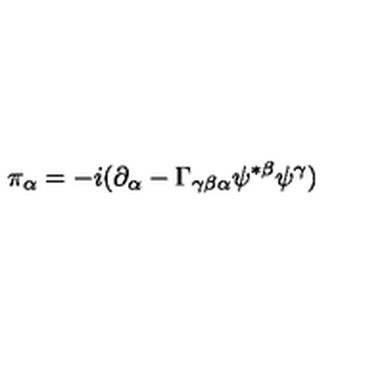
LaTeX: \pi _ { \alpha } = - i ( \partial _ { \alpha } - \Gamma _ { \gamma \beta \alpha } \psi ^ { * \beta } \psi ^ { \gamma } )